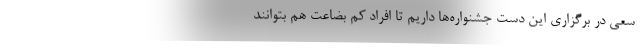
سعی در برگزاری این دست جشنواره‌ها داریم تا افراد کم بضاعت هم بتوانند